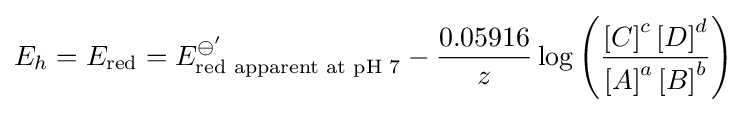
E_{h}=E_{\text{red}}=E_{\text{red apparent at pH 7}}^{\ominus '}-{\frac {0.05916}{z}}\log \left({\frac {\left[C\right]^{c}\left[D\right]^{d}}{\left[A\right]^{a}\left[B\right]^{b}}}\right)